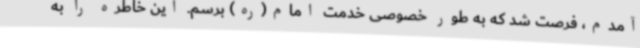
آمدم، فرصت شد که به طور خصوصی خدمت امام(ره) برسم. این خاطره را به